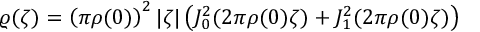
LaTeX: \varrho ( \zeta ) = \left( \pi \rho ( 0 ) \right) ^ { 2 } | \zeta | \left( J _ { 0 } ^ { 2 } ( 2 \pi \rho ( 0 ) \zeta ) + J _ { 1 } ^ { 2 } ( 2 \pi \rho ( 0 ) \zeta ) \right)